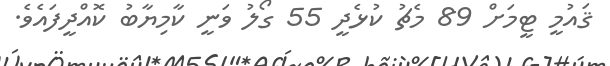
ޤައުމީ ޓީމަށް 89 މެޗު ކުޅެދީ 55 ގޯލު ވަނީ ކާމިޔާބު ކޮއްދީފައެވެ.